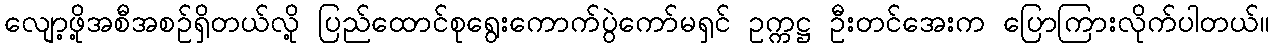
လျော့ဖို့အစီအစဉ်ရှိတယ်လို့ ပြည်ထောင်စုရွေးကောက်ပွဲကော်မရှင် ဥက္ကဋ္ဌ ဦးတင်အေးက ပြောကြားလိုက်ပါတယ်။